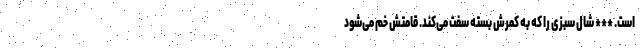
است. *** شال سبزی را که به کمرش بسته سِفت می‌کند. قامتش خم می‌شود